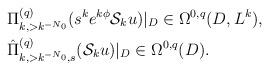
LaTeX: \begin{align*} &\Pi^{(q)}_{k,> k^{-N_0}}(s^ke^{k\phi}\mathcal{S}_ku)|_D\in\Omega^{0,q}(D,L^k),\\&\hat\Pi^{(q)}_{k,> k^{-N_0},s}(\mathcal{S}_ku)|_D\in\Omega^{0,q}(D).\end{align*}